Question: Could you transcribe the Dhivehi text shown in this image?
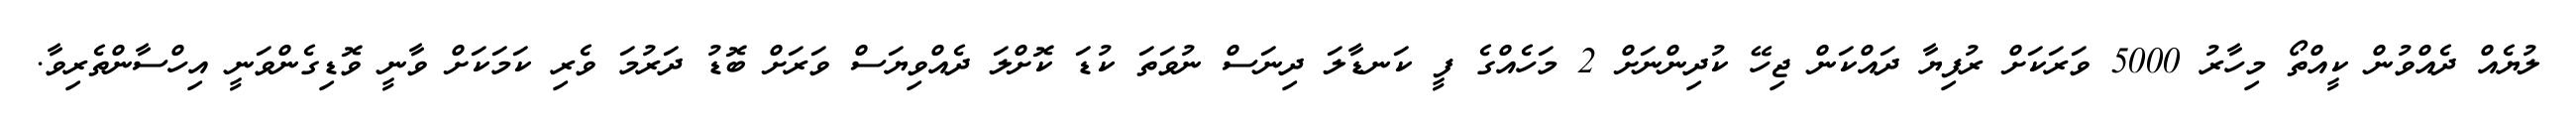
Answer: ލުޔެއް ދެއްވުން ކީއްތޯ މިހާރު 5000 ވަރަކަށް ރުފިޔާ ދައްކަން ޖިހޭ ކުދިންނަށް 2 މަހެއްގެ ފީ ކަނޑާލަ ދިނަސް ނުވަތަ ކުޑަ ކޮށްލަ ދެއްވިޔަސް ވަރަށް ބޮޑު ދަރުމަ ވެރި ކަމަކަށް ވާނީ ވޮޑިގެންވަނީ އިހްސާންތެރިވާ.